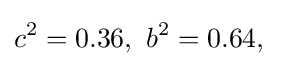
c^{2}=0.36,\ b^{2}=0.64,\quad